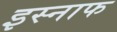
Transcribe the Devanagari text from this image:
इस्नाफ